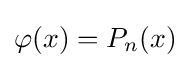
\varphi (x)=P_{n}(x)